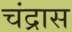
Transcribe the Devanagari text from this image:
चंद्रास